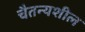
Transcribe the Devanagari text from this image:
चैतन्यशील